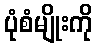
ပုံစံမျိုးကို